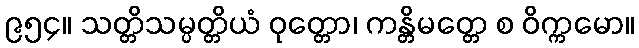
၉၅၄။ သတ္တိသမ္ပတ္တိယံ ဝုတ္တော၊ ကန္တိမတ္တေ စ ဝိက္ကမော။